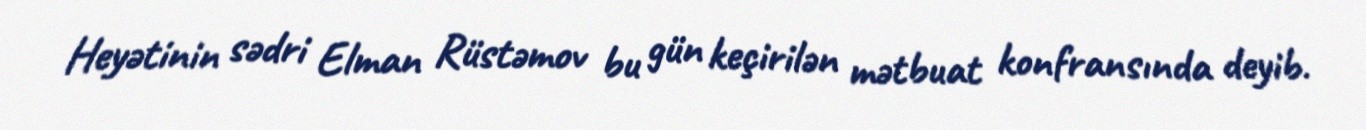
Heyətinin sədri Elman Rüstəmov bu gün keçirilən mətbuat konfransında deyib.